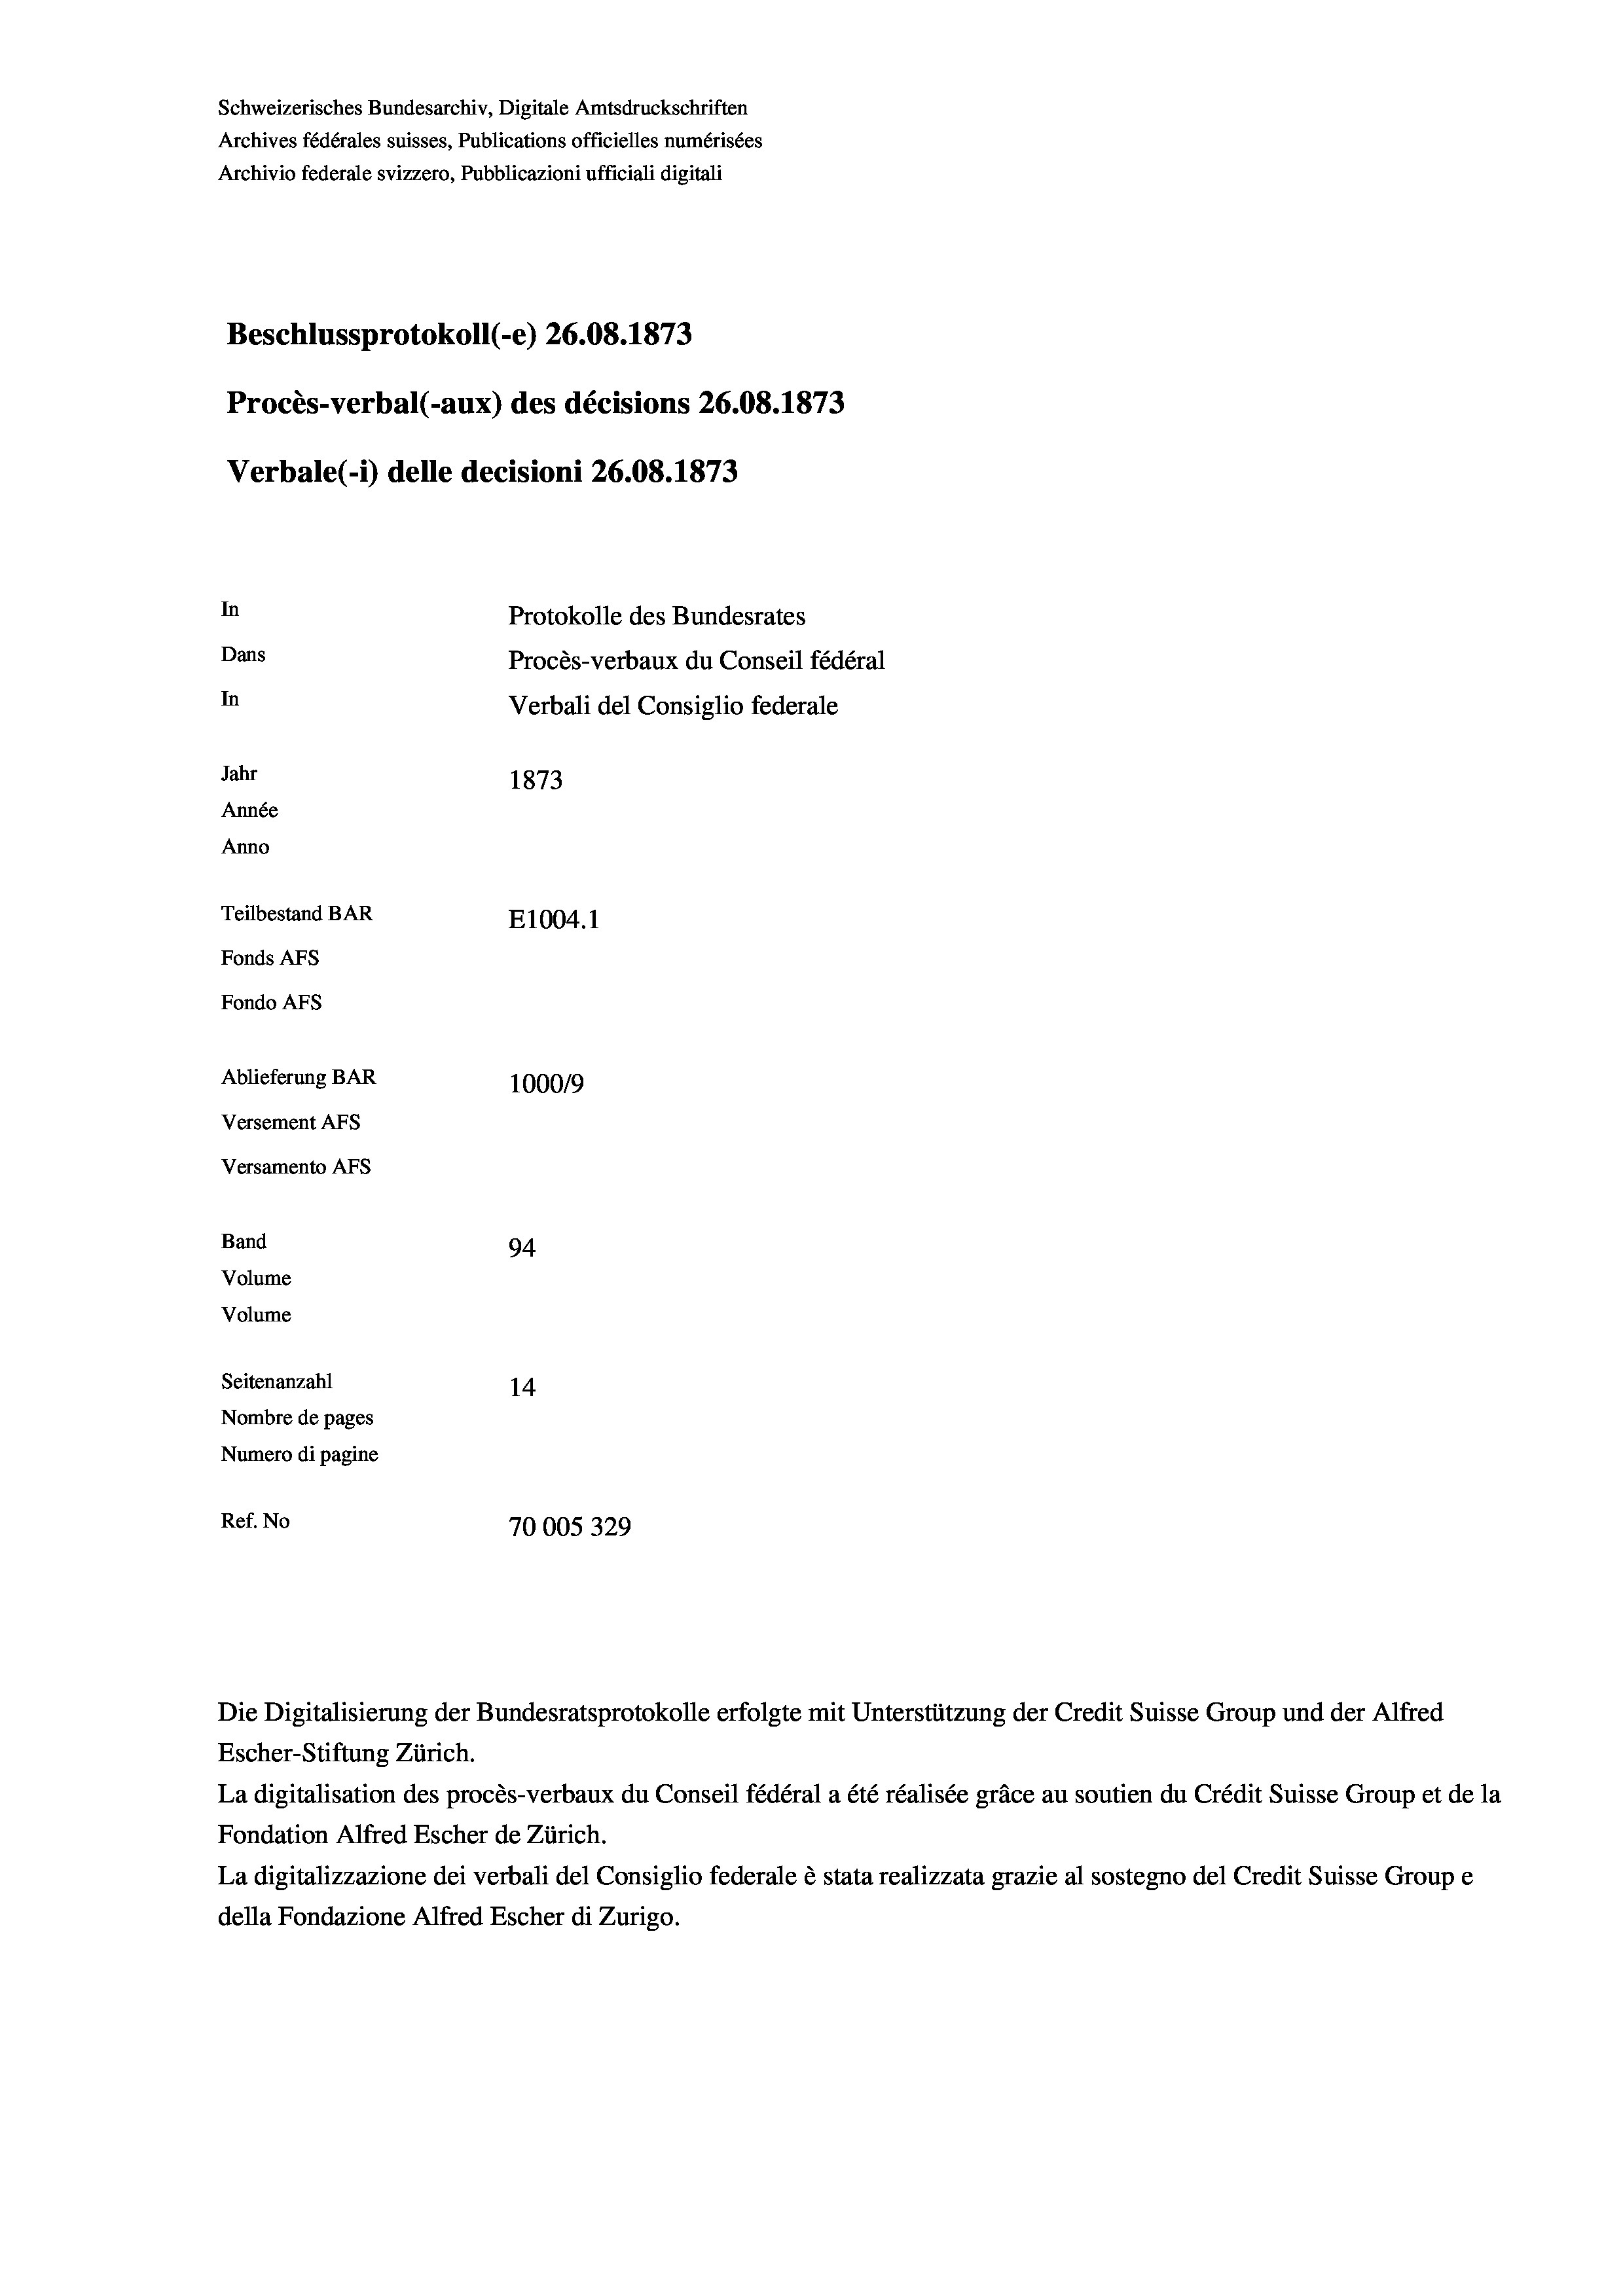
Schweizerisches Bundesarchiv, Digitale Amtsdruckschriften
Archives fédérales suisses, Publications officielles numérisées
Archivio federale svizzero, Pubblicazioni ufficiali digitali
Beschlussprotokoll (-e) 26.08. 1873
Procès-verbal (-aux) des décisions 26.08. 1873
Verbale(-*) delle decisioni 26.08. 1873
In
Protokolle des Bundesrates
Dans
Procès-verbaux du Conseil fédéral
In
Verbali del Consiglio federale
Jahr
1873
Année
Anno
Teilbestand BAR
E1004.1
Fonds AFs
Fondo AFs
Ablieferung BAR
100019
Versement AFS

Versamento AFs
Band
Volume
Volume

94
Seitenanzahl
14
Nombre de pages
Numero di pagine
Ref. No
70005329

La digitalisation des procès-verbaux du Conseil fédéral a été réalisée gräce au soutien du Crédit Suisse Group et de la
Fondation Alfred Escher de Zürich.
La digitalizzazione dei verbali del Consiglio federale è stata realizzata grazie al sostegno del Credit Suisse Groupe
della Fondazione Alfred Escher di Zurigo.

Die Digitalisierung der Bundesratsprotokolle erfolgte mit Unterstützung der Credit Suisse Group und der Alfred
Escher-Stiftung Zürich.